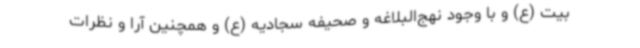
بیت (ع) و با وجود نهج‌البلاغه و صحیفه سجادیه (ع) و همچنین آرا و نظرات